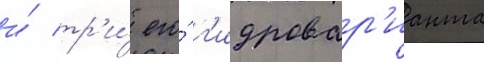
и́ тр'и́ его́ г'идровар'ианта